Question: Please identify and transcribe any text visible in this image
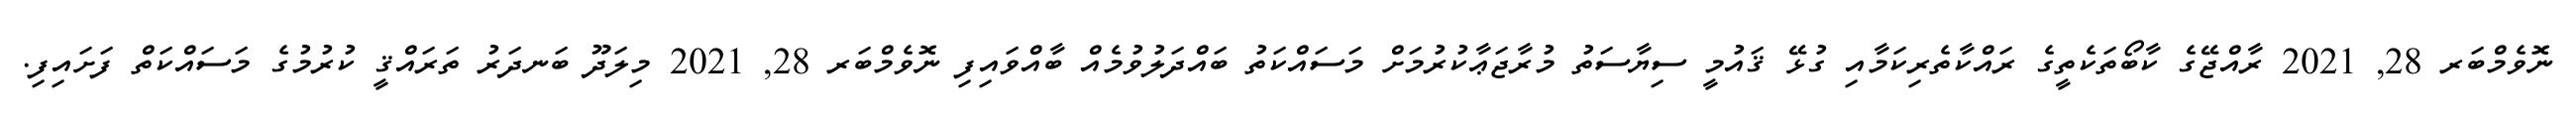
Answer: ނޮވެމްބަރ 28, 2021 ރާއްޖޭގެ ކާބޯތަކެތީގެ ރައްކާތެރިކަމާއި ގުޅޭ ޤައުމީ ސިޔާސަތު މުރާޖަޢާކުރުމަށް މަސައްކަތު ބައްދަލުވުމެއް ބާއްވައިފި ނޮވެމްބަރ 28, 2021 މިލަދޫ ބަނދަރު ތަރައްޤީ ކުރުމުގެ މަސައްކަތް ފަށައިފި.